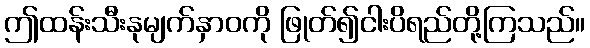
ဤထန်းသီးနုမျက်နှာဝကို ဖြုတ်၍ငါးပိရည်တို့ကြသည်။